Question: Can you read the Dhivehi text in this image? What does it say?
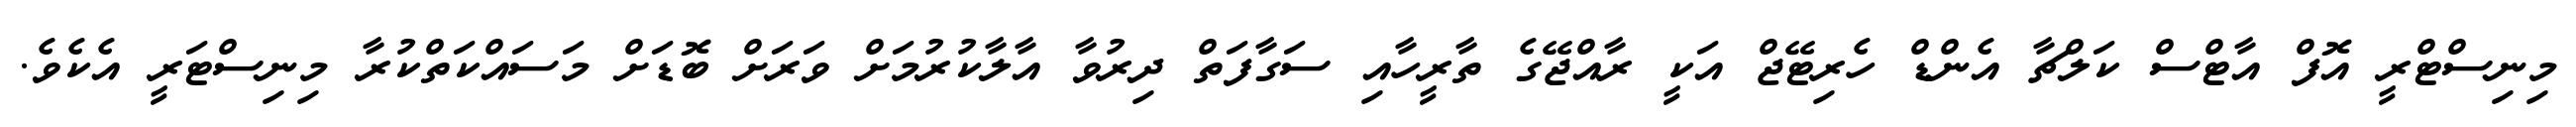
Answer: މިނިސްޓްރީ އޮފް އާޓްސް ކަލްޗާ އެންޑް ހެރިޓޭޖް އަކީ ރާއްޖޭގެ ތާރީހާއި ސަގާފަތް ދިރުވާ އާލާކުރުމަށް ވަރަށް ބޮޑަށް މަސައްކަތްކުރާ މިނިސްޓަރީ އެކެވެ.